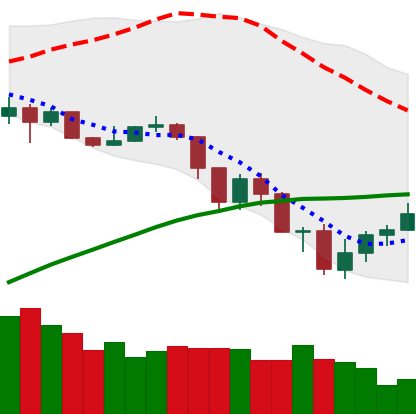
Ticker: ADA-USD
Chart end date: 2019-07-20
Forward return: -6.82%
Label: down_5_7